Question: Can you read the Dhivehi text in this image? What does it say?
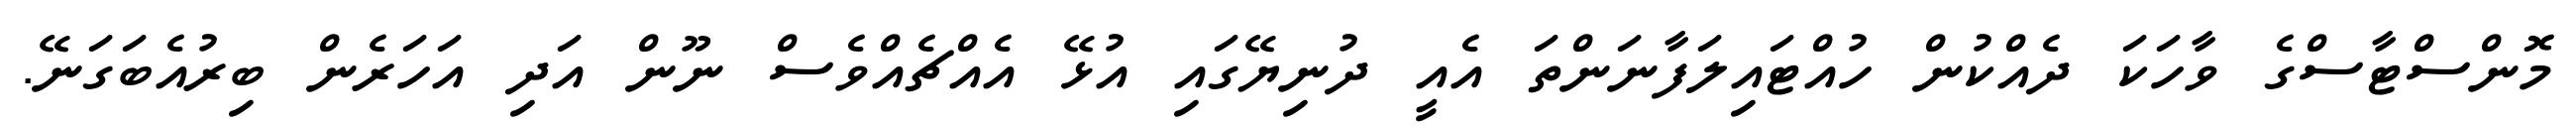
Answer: މޮންސްޓާސްގެ ވާހަކަ ދެއްކުން ހުއްޓައިލަފާނަންތަ އެއީ ދުނިޔޭގައި އުޅޭ އެއްޗެއްވެސް ނޫން އަދި އަހަރެން ބިރުއެބަގަނޭ.